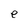
Character: e